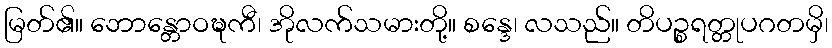
မြတ်၏။ ဘောန္တောဝဍ္ဎကီ၊ အိုလက်သမားတို့။ စန္ဒေ၊ လသည်။ တိပဉ္စရတ္တုပဂတမှိ၊